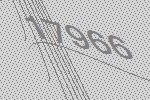
17966